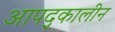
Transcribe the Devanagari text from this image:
आपद्कालीन